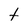
Character: t